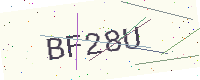
Text: BF28U